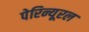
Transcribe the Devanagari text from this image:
पेरिन्यूरल